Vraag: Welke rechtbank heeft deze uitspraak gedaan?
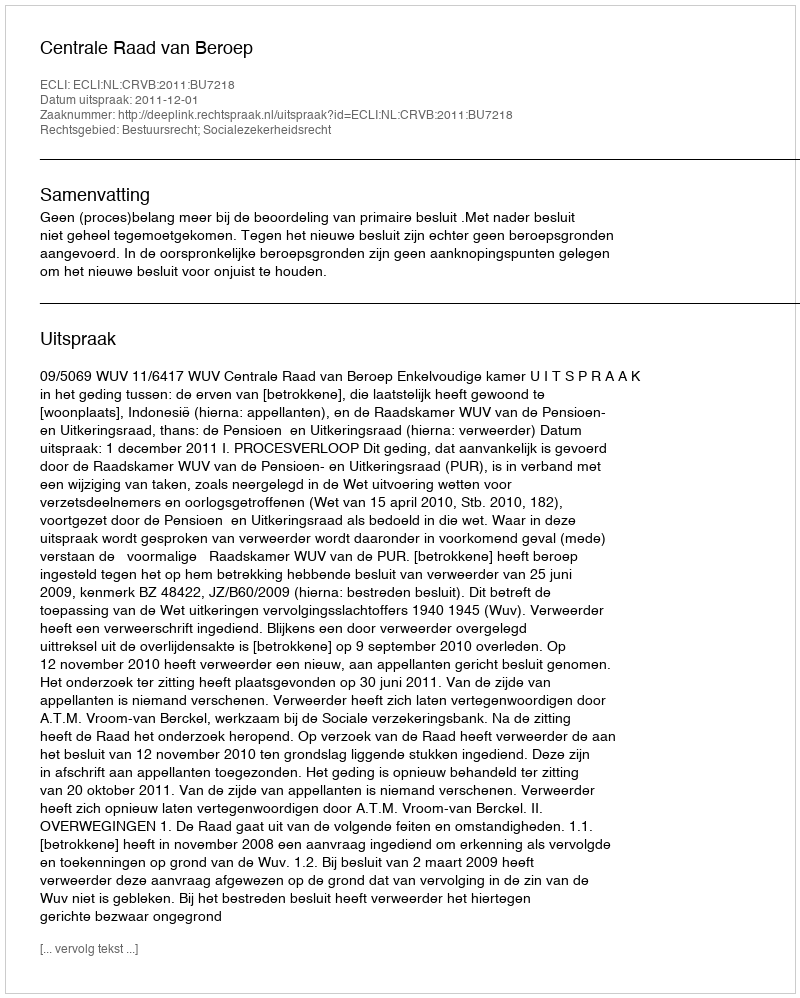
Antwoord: Centrale Raad van Beroep